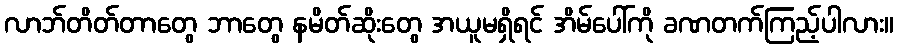
လာဘ်တိတ်တာတွေ ဘာတွေ နမိတ်ဆိုးတွေ အယူမရှိရင် အိမ်ပေါ်ကို ခဏတက်ကြည့်ပါလား။